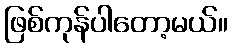
ဖြစ်ကုန်ပါတော့မယ်။